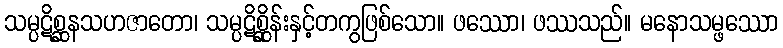
သမ္ပဋိစ္ဆနသဟဇာတော၊ သမ္ပဋိစ္ဆိုန်းနှင့်တကွဖြစ်သော။ ဖဿော၊ ဖဿသည်။ မနောသမ္ဖဿော